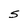
Character: S